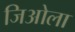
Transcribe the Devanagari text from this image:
जिओला